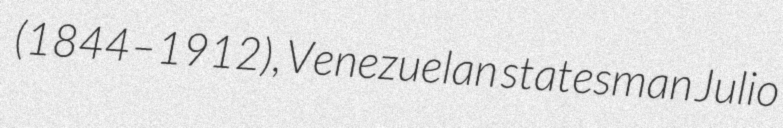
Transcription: (1844–1912), Venezuelan statesman Julio